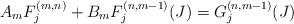
LaTeX: \begin{align*}A_m F_{j}^{(m,n)}+B_m F_{j}^{(n,m-1)}(J)=G_{j}^{(n,m-1)}(J)\end{align*}